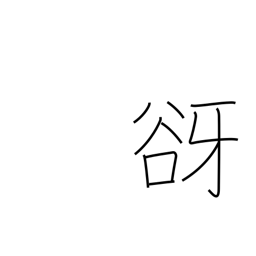
Meaning: tree spirit